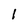
Character: 1